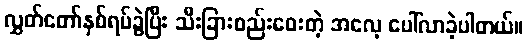
လွှတ်တော်နှစ်ရပ်ခွဲပြီး သီးခြားစည်းဝေးတဲ့ အလေ့ ပေါ်လာခဲ့ပါတယ်။